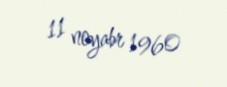
11 noyabr 1960